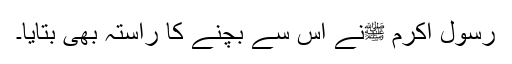
رسول اکرم ﷺنے اس سے بچنے کا راستہ بھی بتایا۔